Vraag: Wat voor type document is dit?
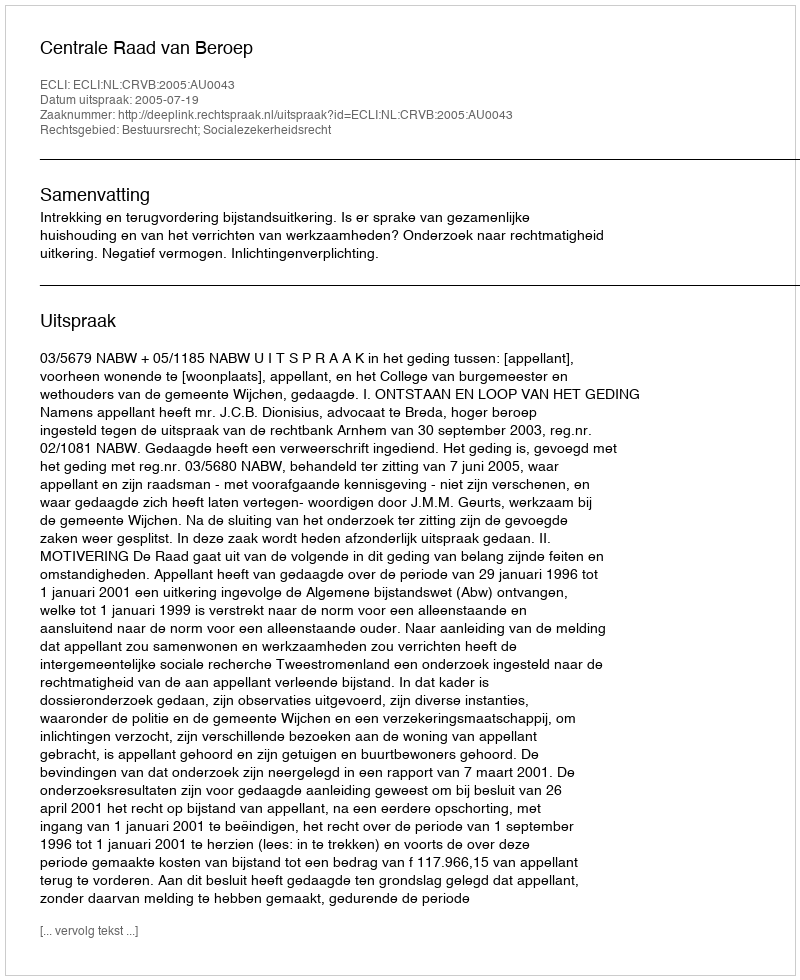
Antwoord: Uitspraak